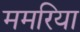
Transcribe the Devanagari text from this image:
ममरिया